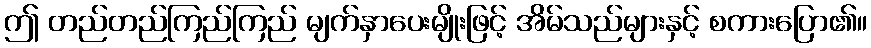
ဤ တည်တည်ကြည်ကြည် မျက်နှာပေးမျိုးဖြင့် အိမ်သည်များနှင့် စကားပြော၏။